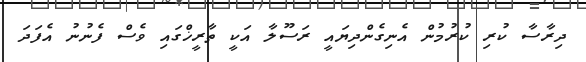
ދިރާސާ ކުރި ކުރުމުން އެނިގެންދިޔައީ ރަސޫލާ އަކީ ތާރީޚްގައި ވެސް ފެނުނު އެފަދަ